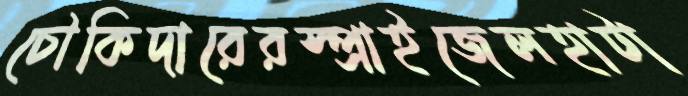
চৌকিদারেরস্প্রাইজেলহাটা